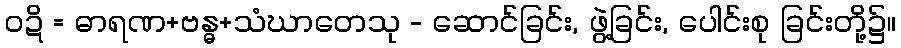
ဝဍိ = ဓာရဏ+ဗန္ဓ+သံဃာတေသု - ဆောင်ခြင်း, ဖွဲ့ခြင်း, ပေါင်းစု ခြင်းတို့၌။